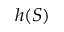
h ( S )